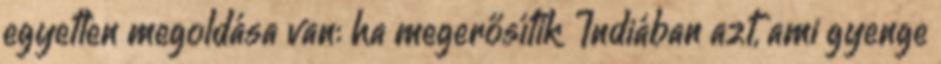
egyetlen megoldása van: ha megerősítik Indiában azt, ami gyenge